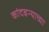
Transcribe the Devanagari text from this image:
कांदबऱ्याच्या